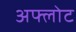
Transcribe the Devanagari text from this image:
अफ्लोट